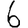
Digit: 6